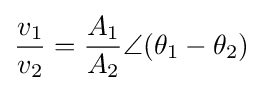
{\frac {v_{1}}{v_{2}}}={\frac {A_{1}}{A_{2}}}\angle (\theta _{1}-\theta _{2})